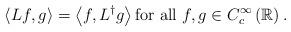
LaTeX: \begin{align*}\left\langle Lf,g\right\rangle =\left\langle f,L^{\dag}g\right\rangle \text{for all }f,g\in C_{c}^{\infty}\left( \mathbb{R}\right) . \end{align*}